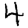
Digit: 4